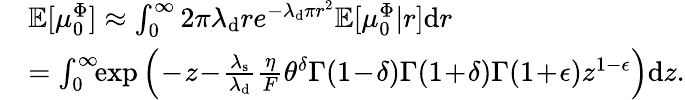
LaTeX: \begin{array}{rl}&{\mathbb{E}[\mu_{0}^{\Phi}]\approx\int_{0}^{\infty}2\pi\lambda_{\mathrm{d}}re^{-\lambda_{\mathrm{d}}\pi r^{2}}\mathbb{E}[\mu_{0}^{\Phi}\vert r]\mathrm{d}r}\\ &{=\int_{0}^{\infty}\! \! \exp\Big(\! -\! z\! -\! \frac{\lambda_{\mathrm{s}}}{\lambda_{\mathrm{d}}}\frac{\eta}{F}\theta^{\delta}\Gamma(1\! -\! \delta)\Gamma(1\! +\! \delta)\Gamma(1\! +\! \epsilon)z^{1-\epsilon}\Big)\mathrm{d}z.}\end{array}